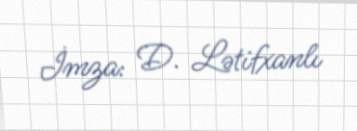
İmza: D. Lətifxanlı